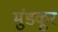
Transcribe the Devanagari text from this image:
मुंडकूर